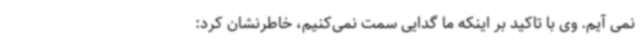
نمی آیم. وی با تاکید بر اینکه ما گدایی سمت نمی‌کنیم، خاطرنشان کرد: